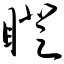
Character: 瞪